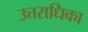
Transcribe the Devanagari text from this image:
उत्तराधिका